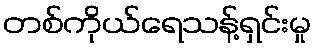
တစ်ကိုယ်ရေသန့်ရှင်းမှု